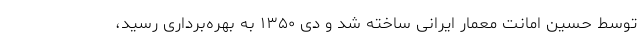
توسط حسین امانت معمار ایرانی ساخته شد و دی ۱۳۵۰ به بهره‌برداری رسید،